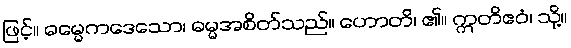
ဖြင့်။ ဓမ္မေကဒေသော၊ ဓမ္မအစိတ်သည်။ ဟောတိ၊ ၏။ ဣတိဧဝံ၊ သို့။